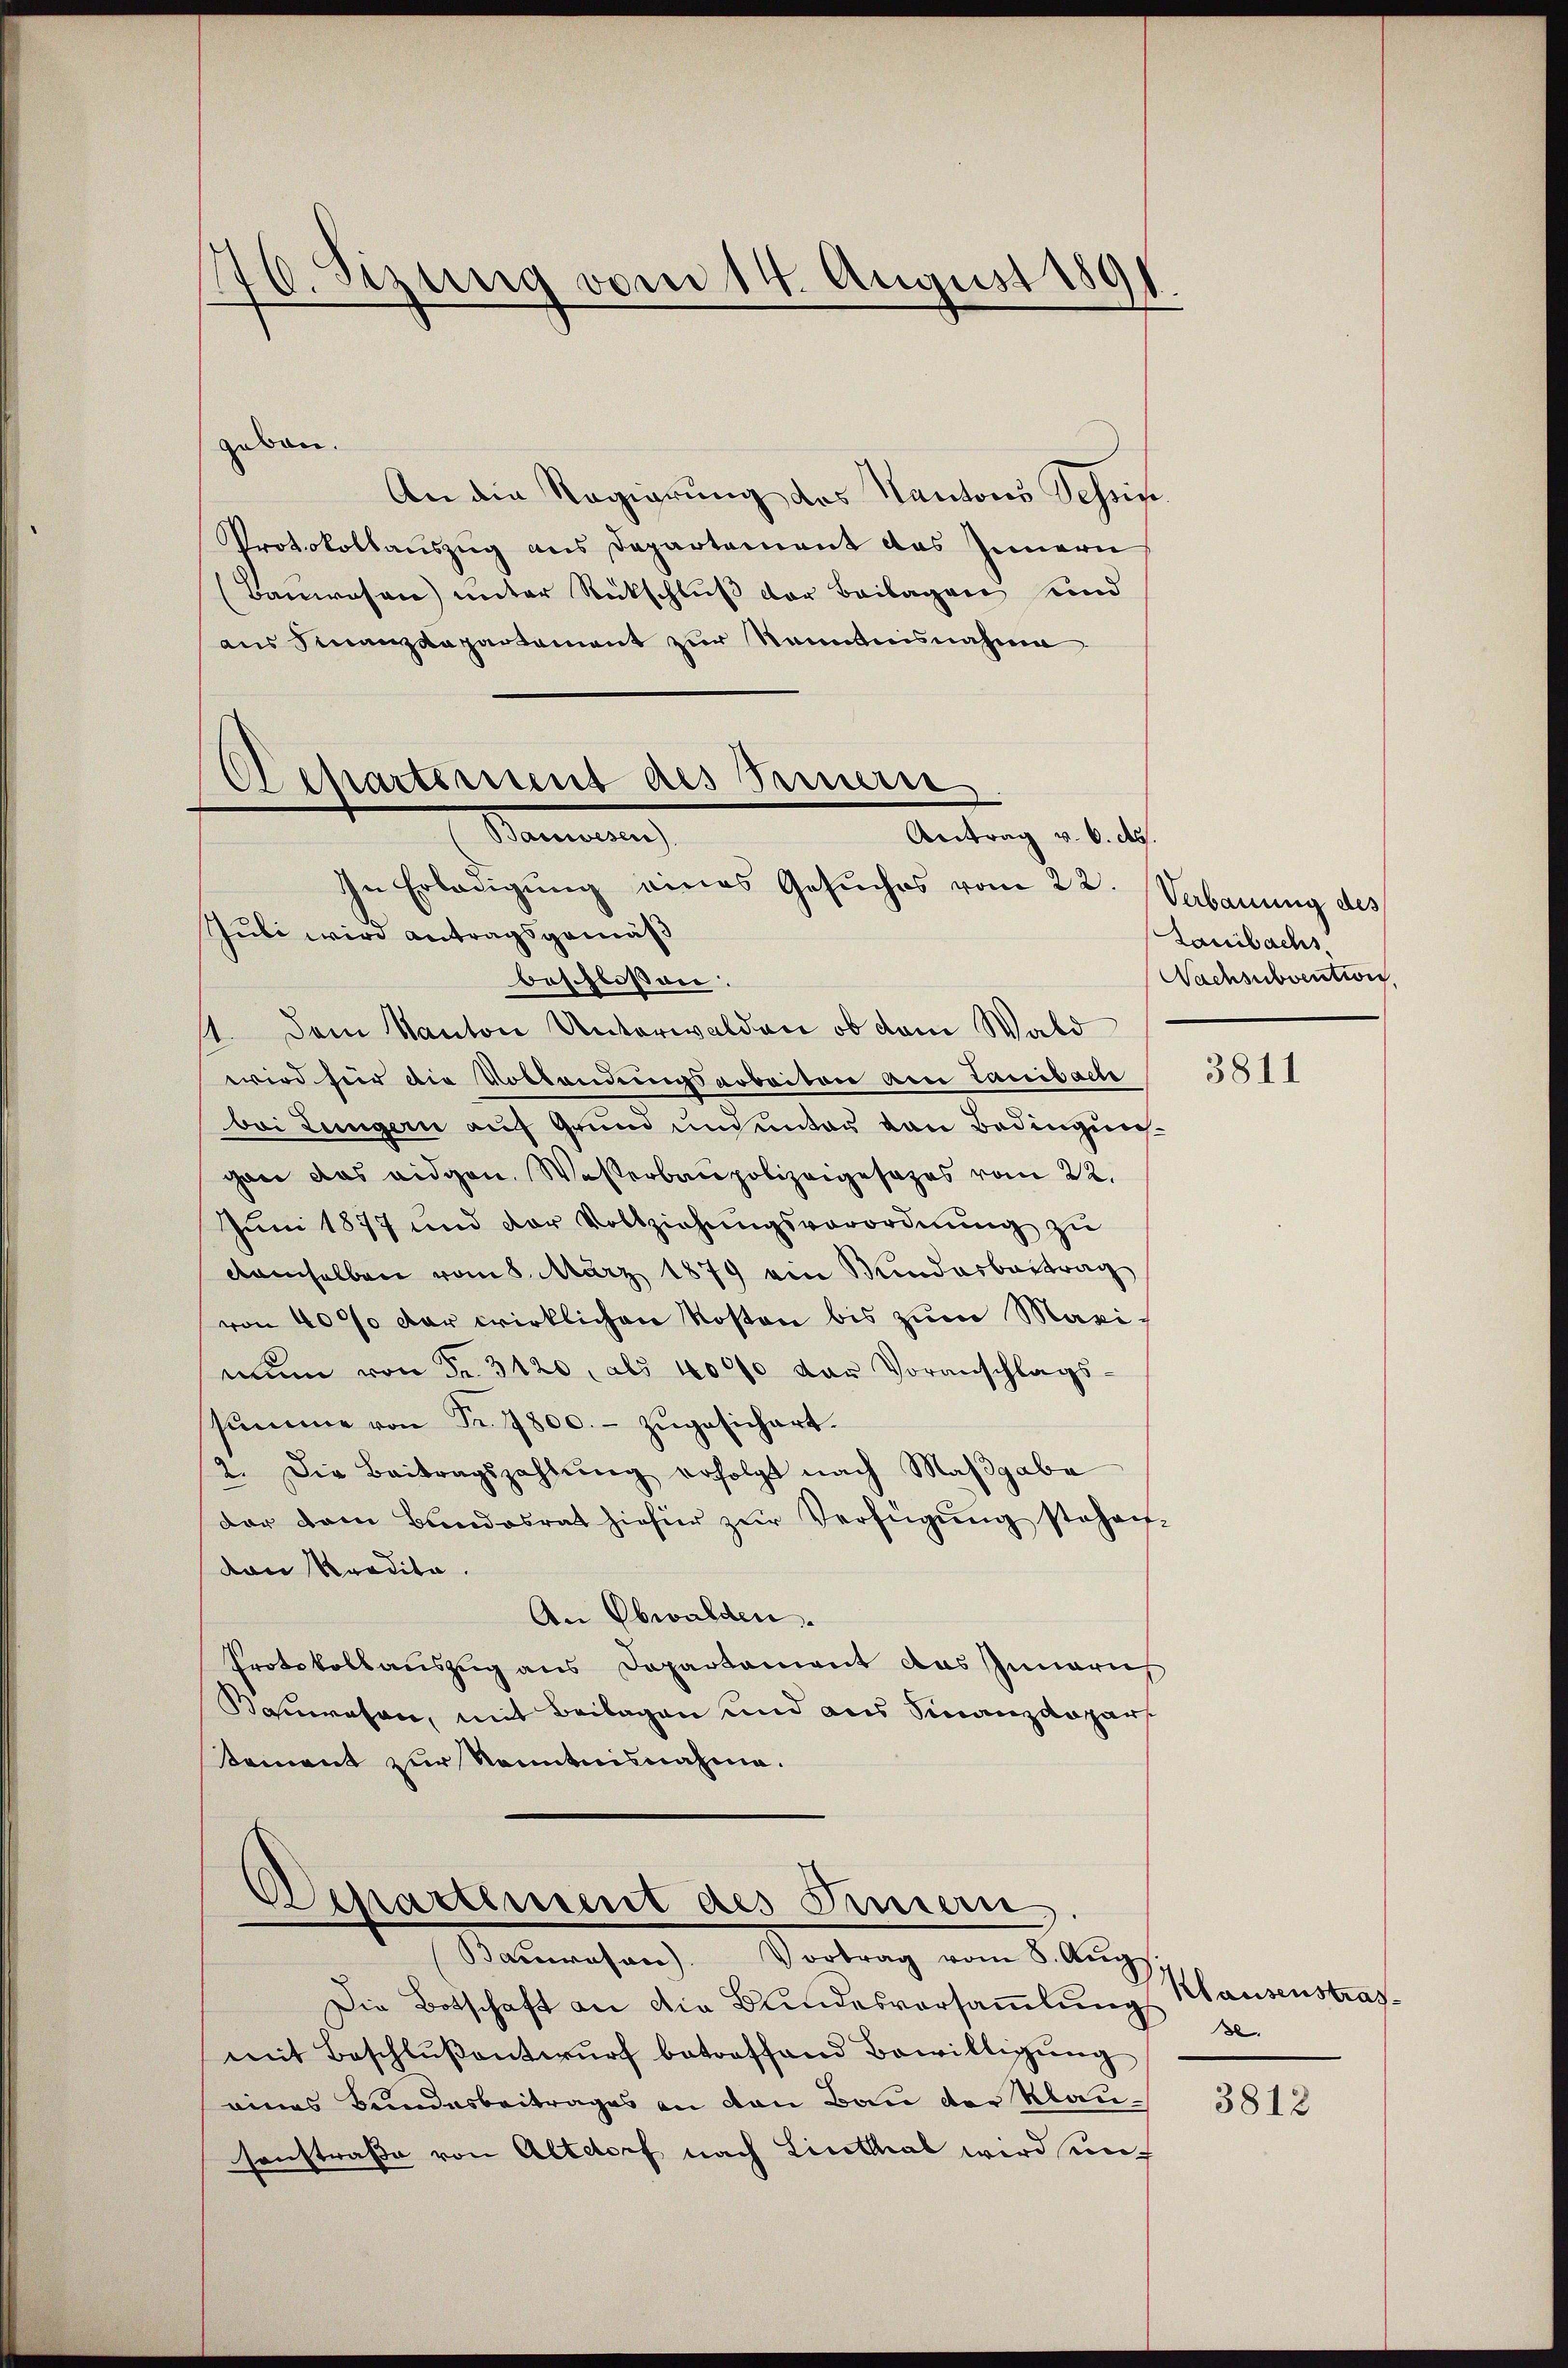
776. Sizung vom 14. August 1891

geben.
An die Regierung des Kantons Tessin.
Protokollauszug aus Departement das Innern
(Banwesen) unter Rückschluß der Beilagen und
aus Finanzdepartement zur Kenntnisnahme
In Erledigung eines Gesuches vom 22. Verbauung des
Juli wird Antragsgemäß
beschlossen:
41. Dem Kanton Unterwalden ob dem Wald
wird für die Vollendungsarbeiten am Lauibach
bei Lungern auf Grund und unter von Bedingung
gan das eidgen. Wasserbaupolizeigesezes vom 22.
Juni 1877 und der Vollziehungsverordnung zu
damselben vom 8. März 1879 ein Kindesbeitrag
von 4000 der wirklichen Kosten bis zum Maxi-
mun von Fr. 3120, als 40000 der Voranschlags-
sŭmme von Fr. 1800.- zŭgesichert.
2. Die Beitragszahlŭng erfolgt nach Maβgabe
dar dem Bundesrat hiefür zŭr Verfügung stehen-
van Tradita.
An Obwalden.
Protokollauszug aus Departament das Innari
Baason, mit Beilagen und ain Finanzdepar
tement zur Kenntnisnahme.

Aepartement des Sennen
Stammung
Antrag v. 6. ds.

Departement des Innern

Baŭwesen. Vortrag vom 8. Aŭg
Die Botschaft an die Bundesversammlungs se
mit Beschlŭβentwurf betroffend Bewilligung
eines Bundesbeitrages an den Bau der Klausonstraße von Altdorf nach Linthal wird sunt

Lauibachs
Nachsubvention

3811

Klausenstraf¬

3812